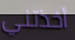
أخذتني